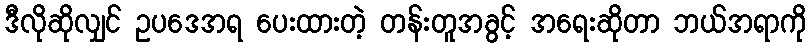
ဒီလိုဆိုလျှင် ဥပဒေအရ ပေးထားတဲ့ တန်းတူအခွင့် အရေးဆိုတာ ဘယ်အရာကို